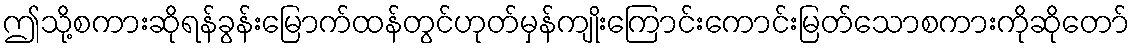
ဤသို့စကားဆိုရန်ခွန်းမြောက်ထန်တွင်ဟုတ်မှန်ကျိုးကြောင်းကောင်းမြတ်သောစကားကိုဆိုတော်